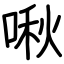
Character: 啾